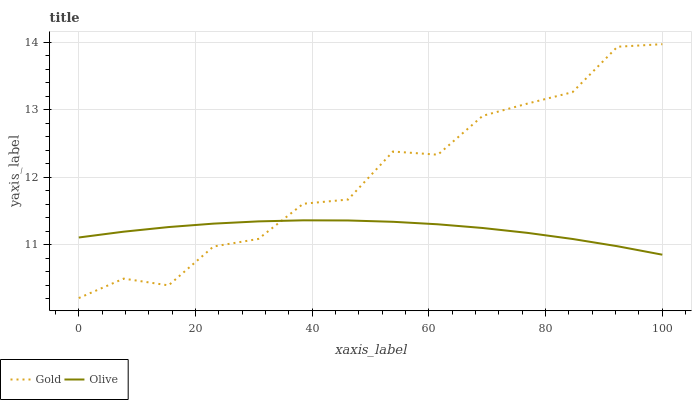
| xaxis_label | Gold | Olive |
 | --- | --- | --- |
 | 0 | 10.2 | 11.1 |
 | 7.69 | 10.5 | 11.2 |
 | 15.4 | 10.4 | 11.3 |
 | 23.1 | 11 | 11.3 |
 | 30.8 | 11.1 | 11.3 |
 | 38.5 | 11.6 | 11.4 |
 | 46.2 | 11.7 | 11.4 |
 | 53.8 | 12.4 | 11.3 |
 | 61.5 | 12.3 | 11.3 |
 | 69.2 | 12.9 | 11.2 |
 | 76.9 | 13.1 | 11.2 |
 | 84.6 | 13.3 | 11.1 |
 | 92.3 | 13.9 | 11 |
 | 100 | 14 | 10.9 |